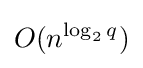
O(n^{\log _{2}q})